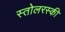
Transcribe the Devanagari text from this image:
स्तोलरस्की